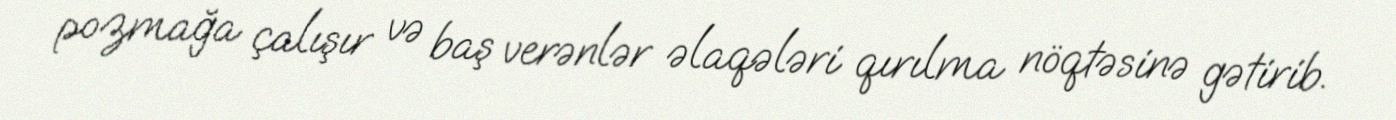
pozmağa çalışır və baş verənlər əlaqələri qırılma nöqtəsinə gətirib.